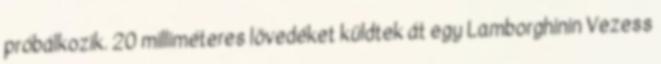
próbálkozik. 20 milliméteres lövedéket küldtek át egy Lamborghinin Vezess